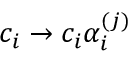
c _ { i } \rightarrow c _ { i } \alpha _ { i } ^ { ( j ) }